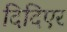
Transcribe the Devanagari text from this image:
दिदिएर